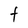
Character: t